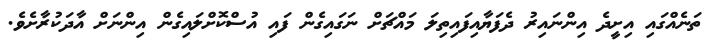
ތަނެއްގައި އިށީދެ އިންނައިރު ދެފަޔާއިފައިތިލަ މައްޗަށް ނަގައިގެން ފައި އުސްކޮށްލައިގެން އިންނަށް އާދަކުރާށެވެ.